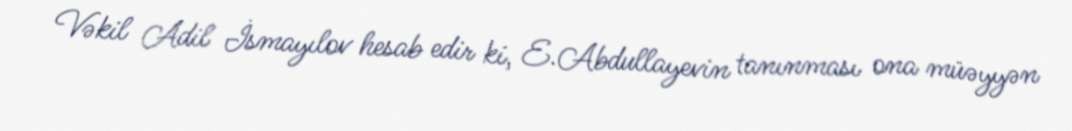
Vəkil Adil İsmayılov hesab edir ki, E.Abdullayevin tanınması ona müəyyən